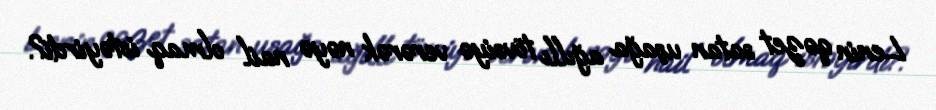
Lenin qəzet satan uşağa ağıllı tövsiyə verərək nəyə nail olmaq istəyirdi?.